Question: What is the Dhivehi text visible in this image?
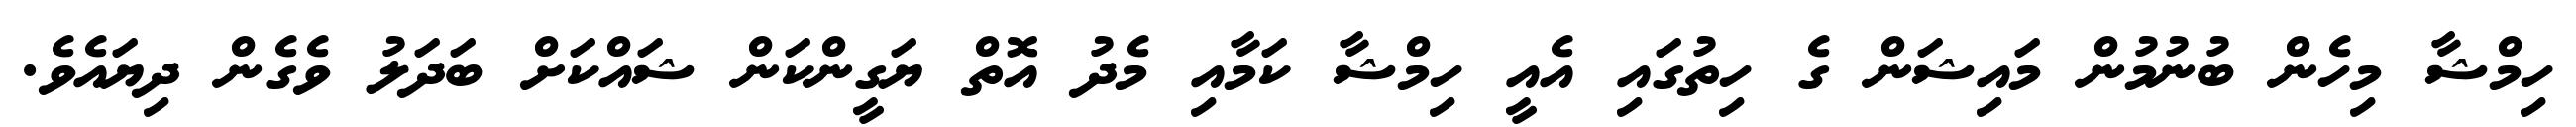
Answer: ހިމްޝާ މިހެން ބުނުމުން މައިޝަން ގެ ހިތުގައި އެއީ ހިމްޝާ ކަމާއި މެދު އޮތް ޔަގީންކަން ޝައްކަށް ބަދަލު ވެގެން ދިޔައެވެ.